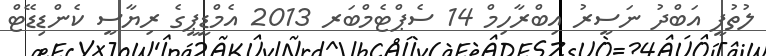
ލުތުފީ އަބްދު ނަސީރު އިބްރާހިމް 14 ސެޕްޓެމްބަރ 2013 އެމްޑީޕީގެ ރިޔާސީ ކެންޑިޑޭޓް